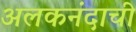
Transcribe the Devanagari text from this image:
अलकनंदाची